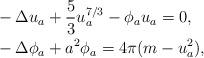
LaTeX: \begin{align*}&- \Delta u_{a} + \frac{5}{3} u^{7/3}_{a} - \phi_{a} u_{a} = 0, \\&- \Delta \phi_{a} + a^{2} \phi_{a} = 4\pi (m - u^{2}_{a}), \end{align*}